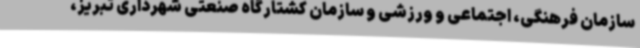
سازمان فرهنگی، اجتماعی و ورزشی و سازمان کشتارگاه صنعتی شهرداری تبریز،